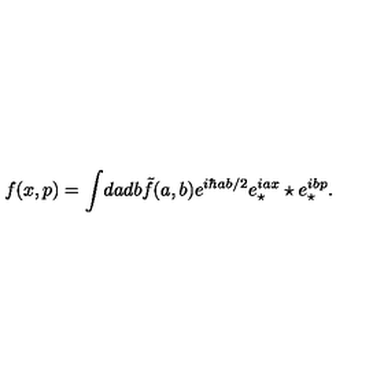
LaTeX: f ( x , p ) = \int \! d a d b \tilde { f } ( a , b ) e ^ { i \hbar a b / 2 } e _ { \star } ^ { i a x } \star e _ { \star } ^ { i b p } .